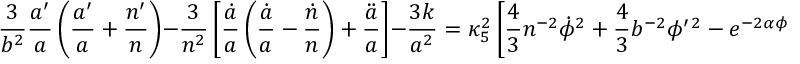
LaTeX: { \frac { 3 } { b ^ { 2 } } } { \frac { a ^ { \prime } } { a } } \left( { \frac { a ^ { \prime } } { a } } + { \frac { n ^ { \prime } } { n } } \right) - { \frac { 3 } { n ^ { 2 } } } \left[ { \frac { \dot { a } } { a } } \left( { \frac { \dot { a } } { a } } - { \frac { \dot { n } } { n } } \right) + { \frac { \ddot { a } } { a } } \right] - { \frac { 3 k } { a ^ { 2 } } } = \kappa _ { 5 } ^ { 2 } \left[ { \frac { 4 } { 3 } } n ^ { - 2 } \dot { \phi } ^ { 2 } + { \frac { 4 } { 3 } } b ^ { - 2 } \phi ^ { \prime \, 2 } - e ^ { - 2 \alpha \phi } \Lambda \right] ,